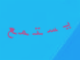
يستمع